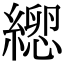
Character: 𦃕